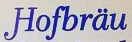
Hofbrau